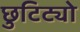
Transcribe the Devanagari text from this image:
छुटिट्यो